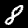
Digit: 8